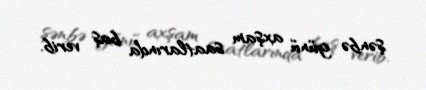
şənbə günü axşam saatlarında baş verib.